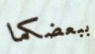
ببعضكما